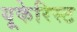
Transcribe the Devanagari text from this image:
यूकेरिस्ट